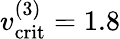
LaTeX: v_{\mathrm{crit}}^{(3)}=1.8